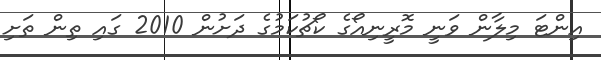
އިންޓަ މިލާން ވަނީ މޮރީނިއޯގެ ކޯޗުކަމުގެ ދަށުން 2010 ގައި ތިން ތަށި